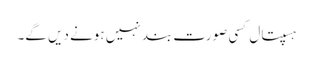
ہسپتال کسی صورت بند نہیں ہونے دیں گے۔